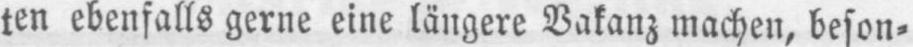
ten ebenfalls gerne eine längere Vakanz machen, beson⸗